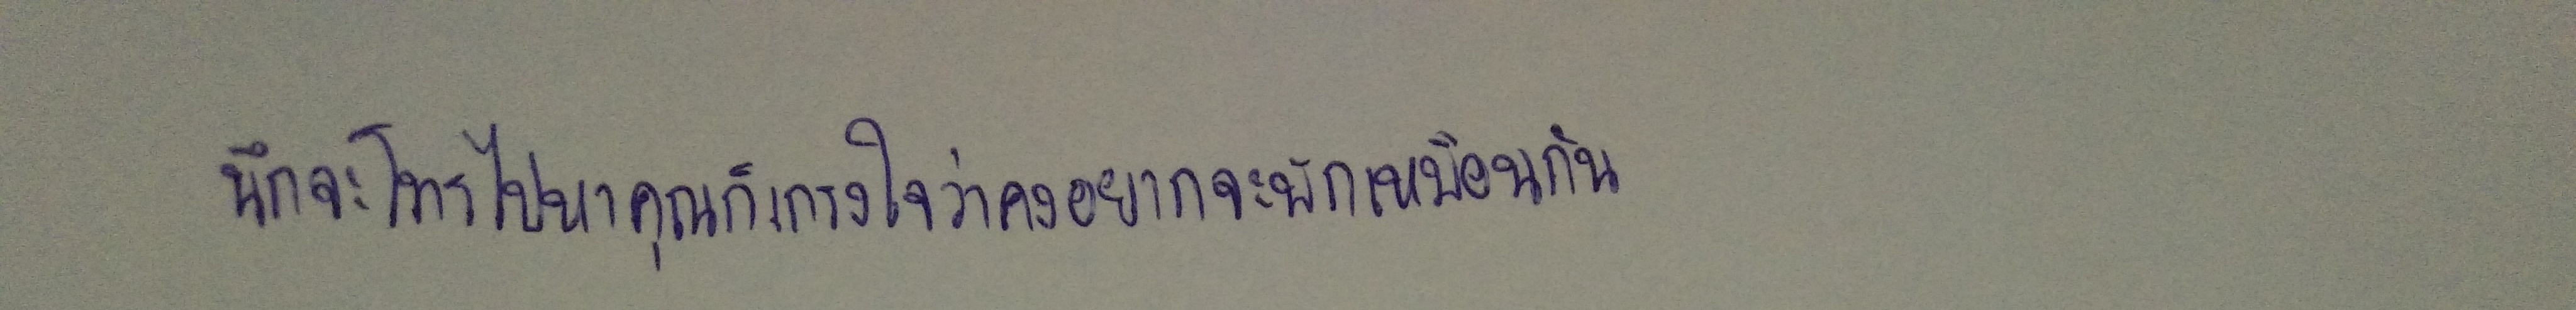
นึกจะโทรไปหาคุณก็เกรงใจว่าคงอยากจะพักเหมือนกัน"